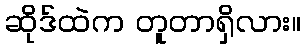
ဆိုဒ်ထဲက တူတာရှိလား။